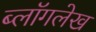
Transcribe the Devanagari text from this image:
ब्लॉगलेख